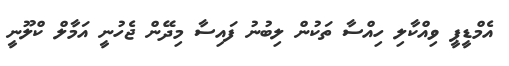
އެމްޑީޕީ ވިއްކާލި ހިއްސާ ތަކުން ލިބުނު ފައިސާ މިދޭން ޖެހުނީ އަމާލް ކްލޫނީ